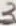
Text: 3